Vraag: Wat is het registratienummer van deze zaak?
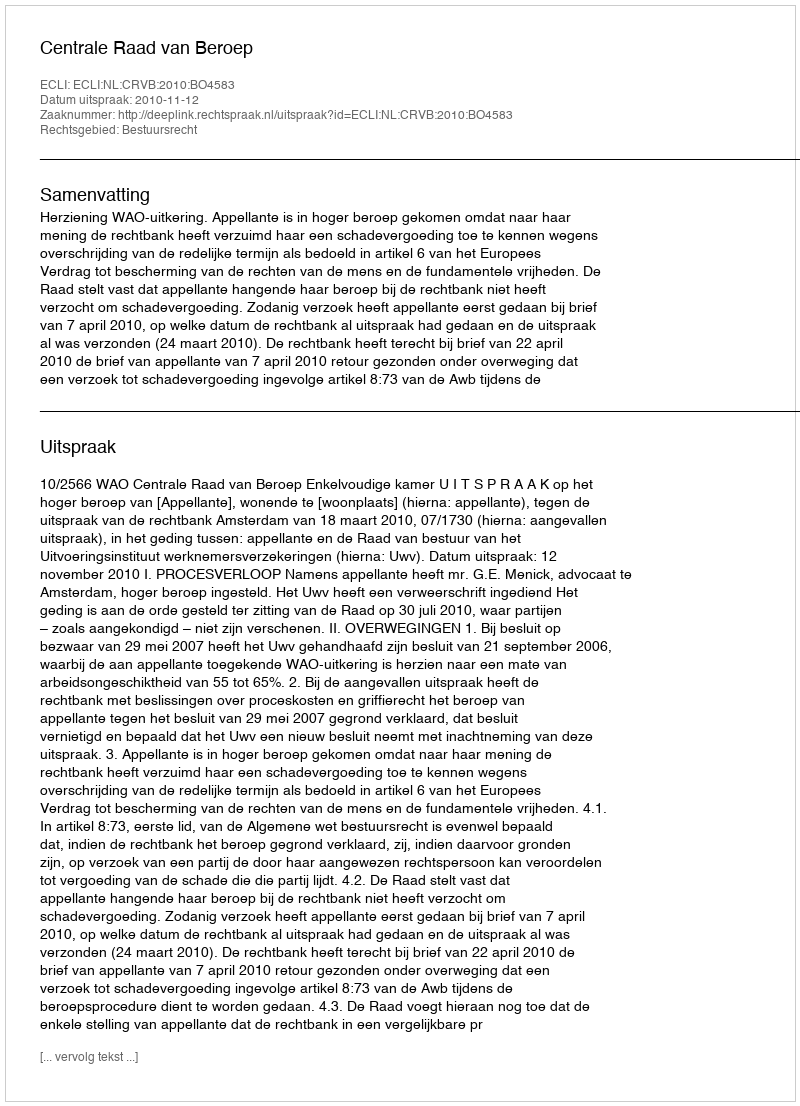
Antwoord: http://deeplink.rechtspraak.nl/uitspraak?id=ECLI:NL:CRVB:2010:BO4583